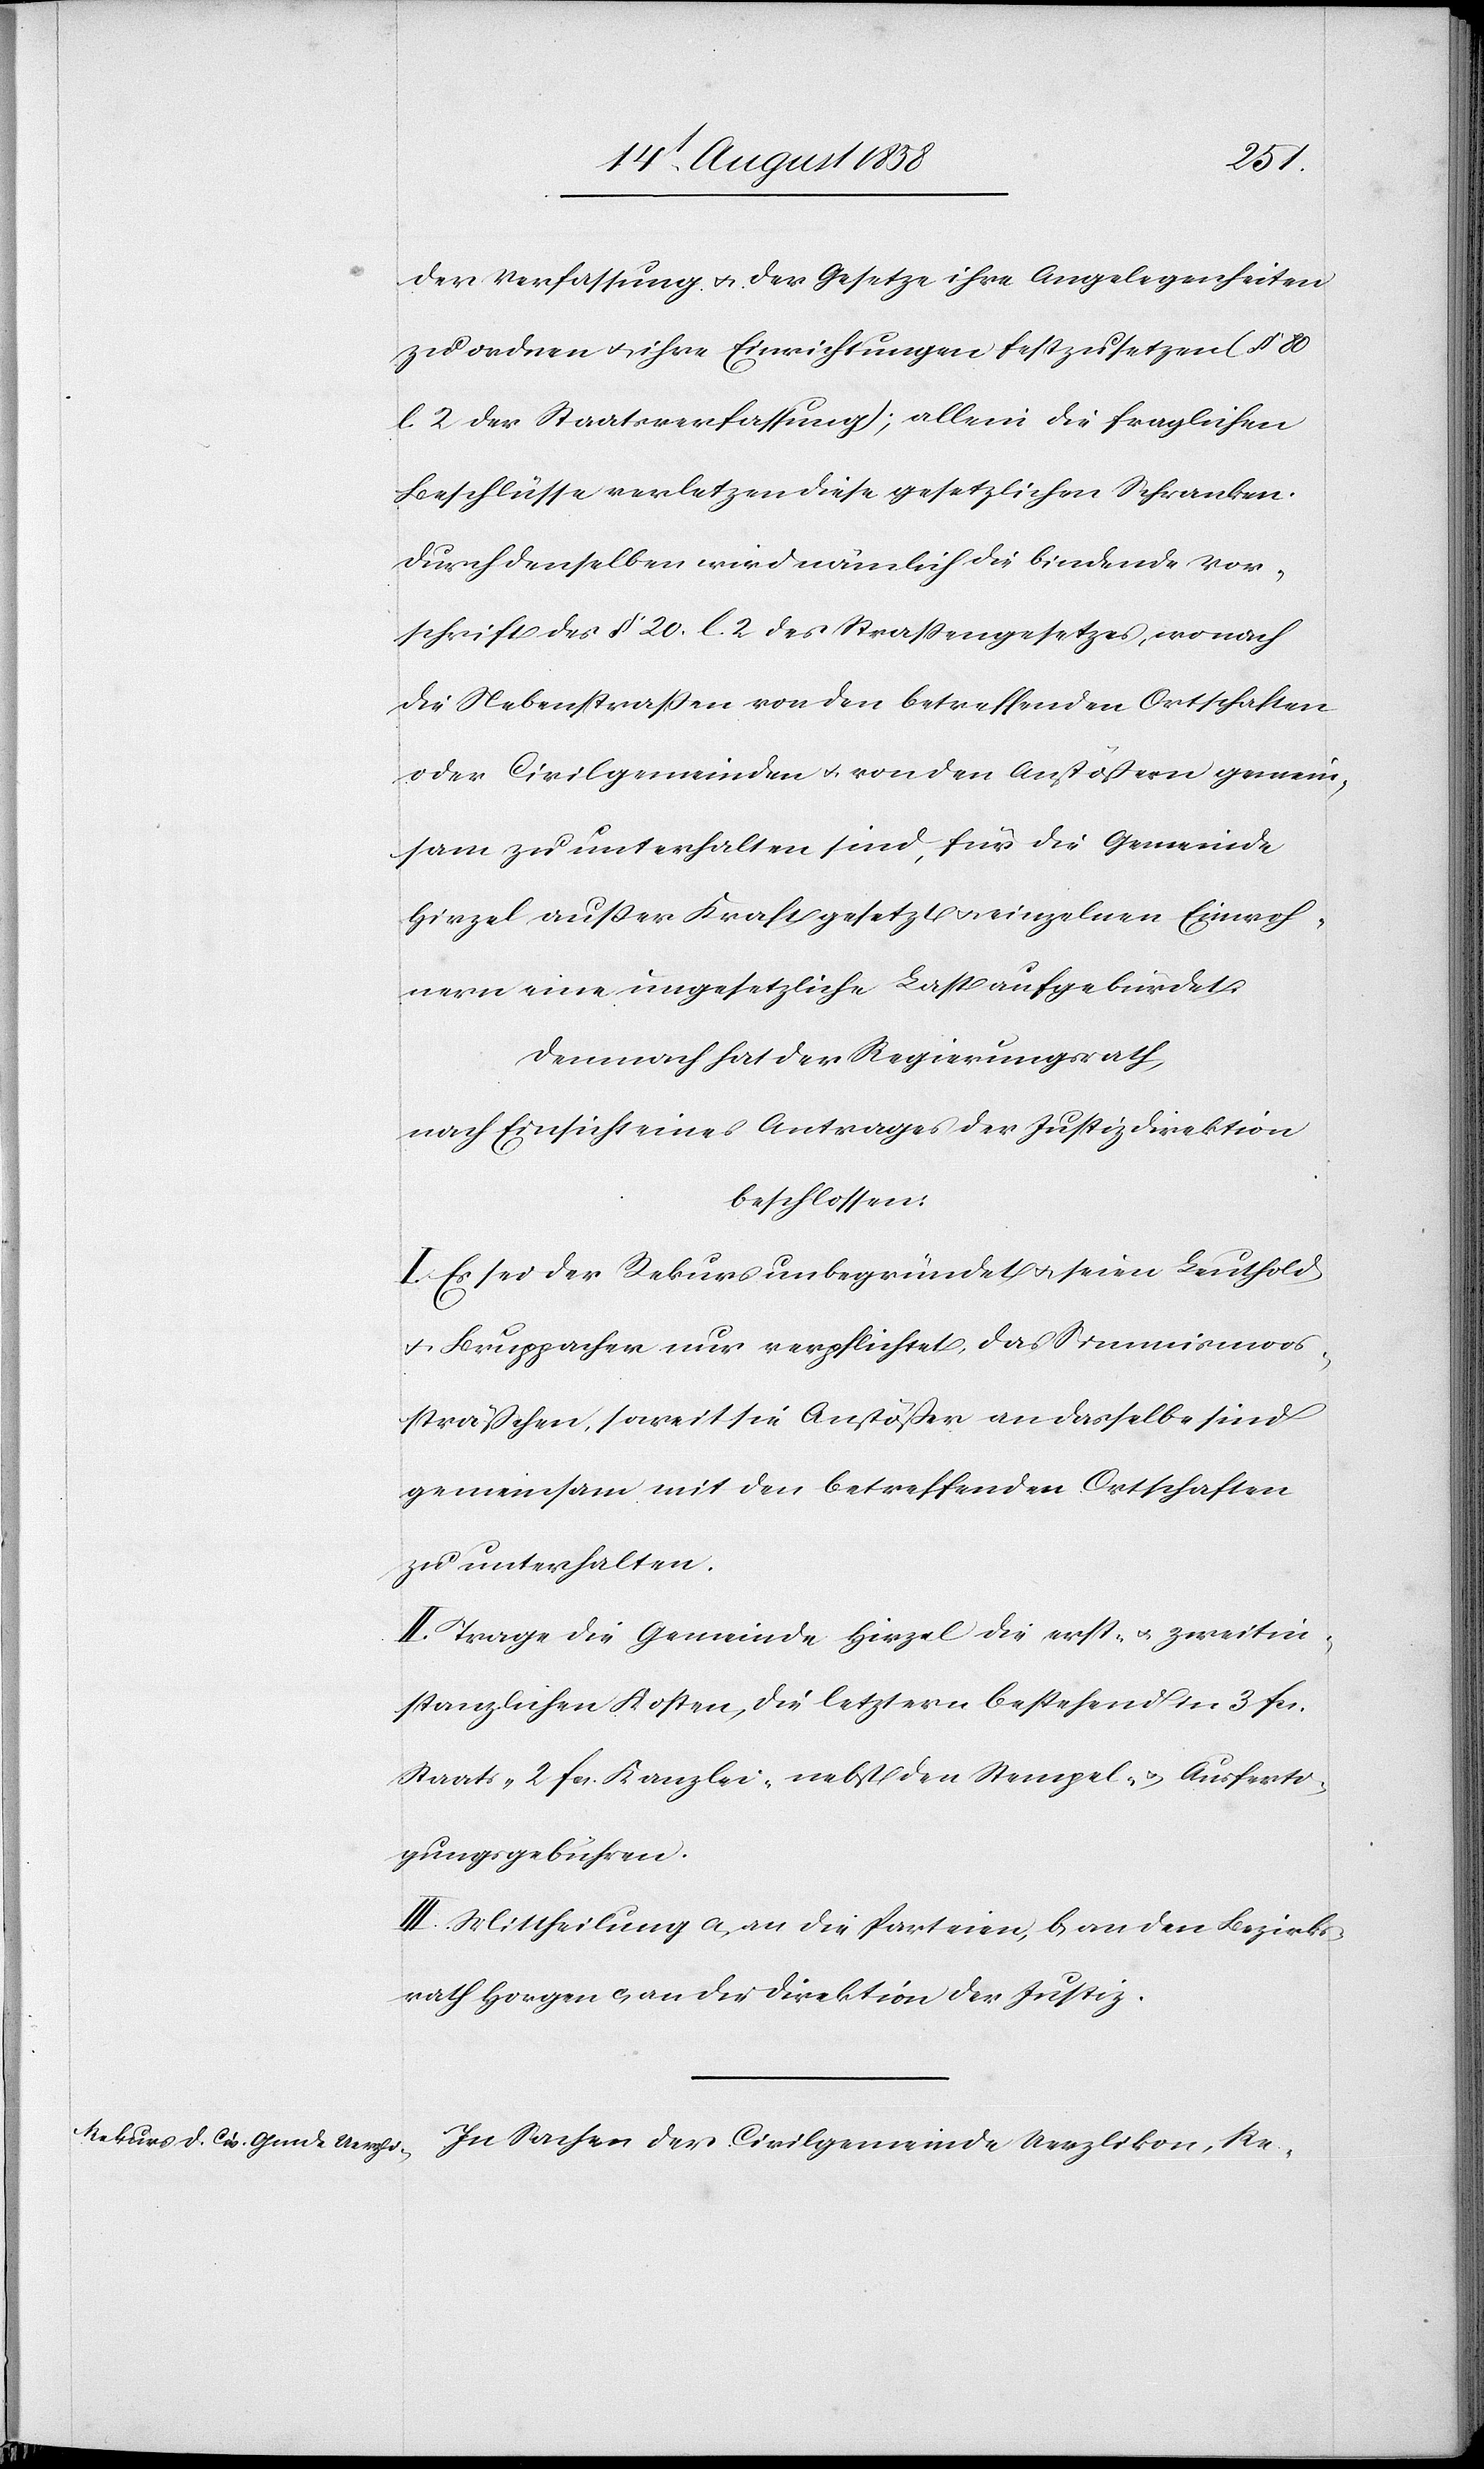
Vor¬
der Verfassung & der Gesetze ihre Angelegenheiten
zu ordnen & ihre Einrichtungen festzusetzen (§ 80
l. 2 der Staatsverfassung); allein die fraglichen
Beschlüsse verletzen diese gesetzlichen Schranken.
schrift des § 20. l. 2. des Strassengesetzes, wonach
die Nebenstrassen von den betreffenden Ortschaften
oder Civilgemeinden & von den Anstößern gemein¬
sam zu unterhalten sind, für die Gemeinde
Hirzel ausser Kraft gesetzt & einzelnen Einwoh¬
nern eine ungesetzliche Last aufgebürdet.
Demnach hat der Regierungsrath,
nach Einsicht eines Antrages der Justizdirektion
beschlossen:
I. Es sei der Rekurs unbegründet & seien Leuthold
& Bruppacher nur verpflichtet, das Simmismoos¬
sträßchen, soweit sie Anstößer an dasselbe sind
gemeinsam mit den betreffenden Ortschaften
zu unterhalten.
II. Trage die Gemeinde Hirzel die erst- & zweitin¬
stanzlichen Kosten, die letztern bestehend in 3 fcs.
Staats-[,] 2 fcs. Kanzlei-[,] nebst den Stempel- & Ausferti¬
gungsgebühren.
III. Mittheilung a) an die Parteien, b) an den Bezirks¬
rath Horgen c) an die Direktion der Justiz.
In Sachen der Civilgemeinde Uerzlikon, Re-